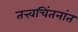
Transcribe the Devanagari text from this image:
तत्त्वचिंतनांत